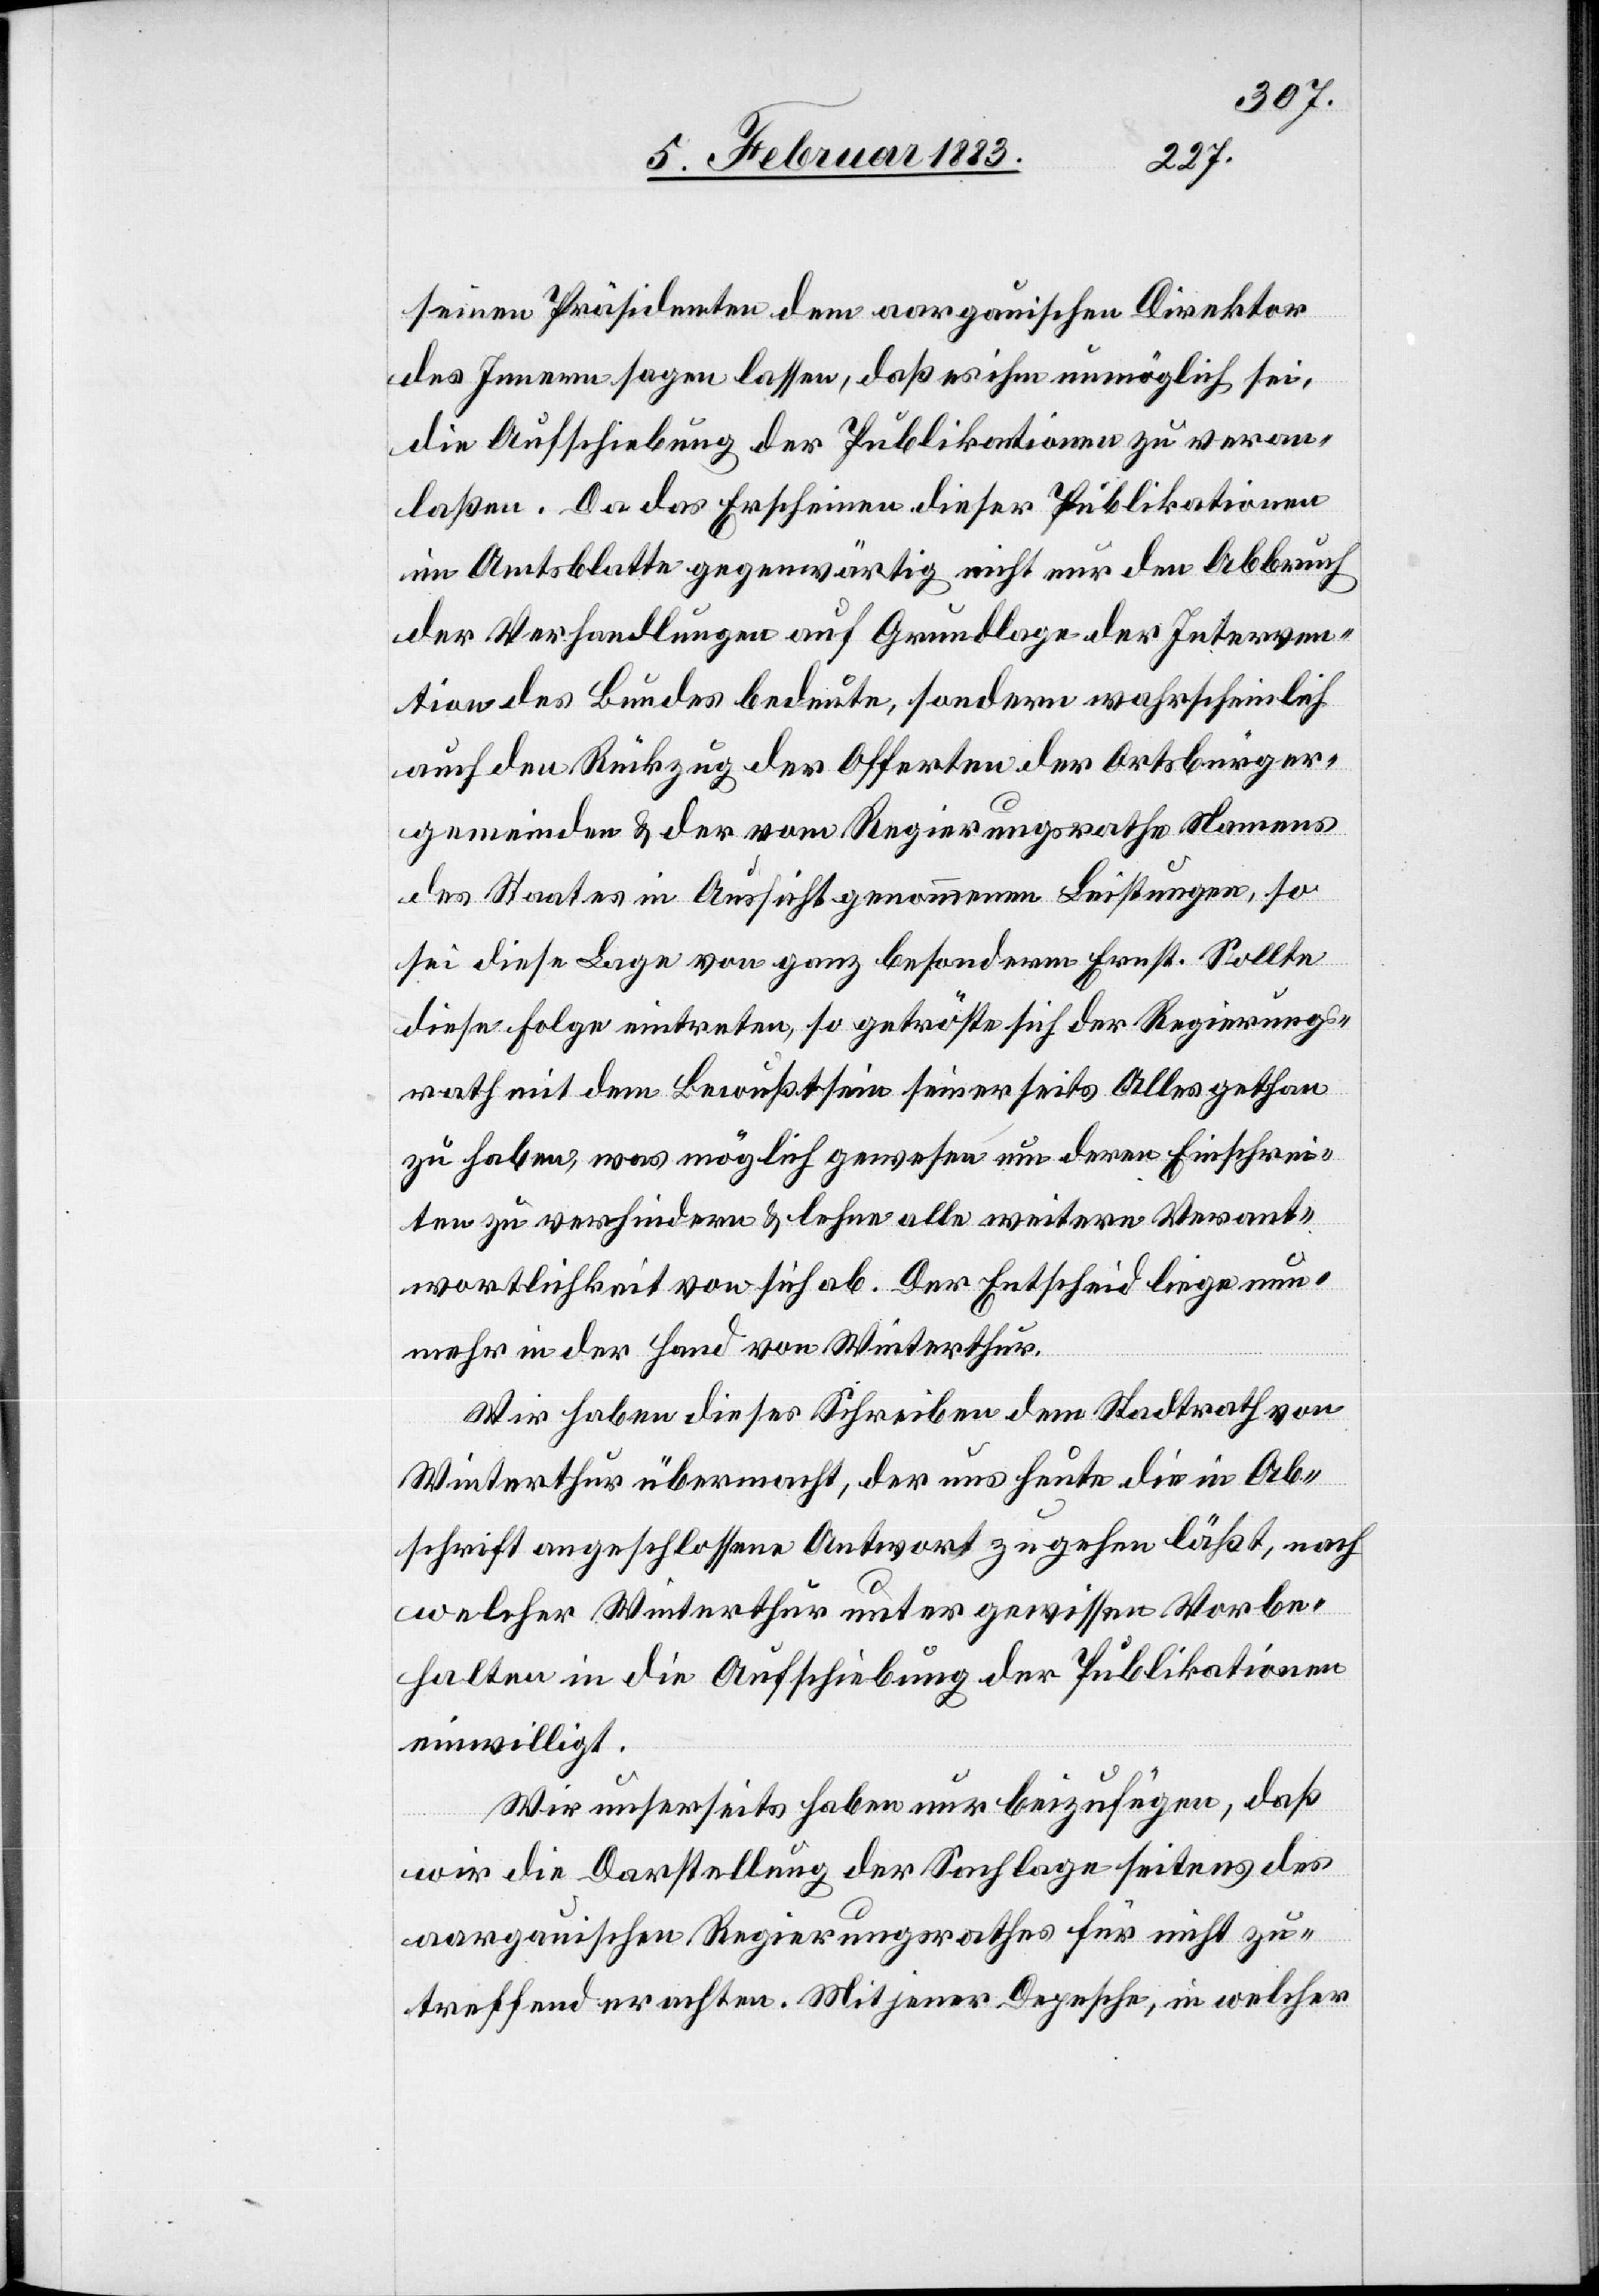
seinen Präsidenten dem aargauischen Direktor
des Innern sagen lassen, daß es ihm unmöglich sei,
die Aufschiebung der Publikationen zu veran¬
laßen. Da das Erscheinen dieser Publikationen
im Amtsblatte gegenwärtig nicht nur den Abbruch
der Verhandlungen auf Grundlage der Interven¬
tion des Bundes bedeute, sondern wahrscheinlich
auch den Rückzug der Offerten der Ortsbürger¬
gemeinden & der vom Regierungsrathe Namens
des Staates in Aussicht genommenen Leistungen, so
sei diese Lage von ganz besonderm Ernst. Sollte
diese Folge eintreten, so getröste sich der Regierungs¬
rath mit dem Bewußtsein seinerseits Alles gethan
zu haben, was möglich gewesen um deren Einschrei¬
ten zu verhindern & lehne alle weitere Verant¬
wortlichkeit von sich ab. Der Entscheid liege nun¬
mehr in der Hand von Winterthur.
Wir haben dieses Schreiben dem Stadtrath
Winterthur übermacht, der uns heute die in Ab¬
schrift angeschlossene Antwort zugehen läßt, nach
welcher Winterthur unter gewissen Vorbe¬
halten in die Aufschiebung der Publikationen
einwilligt.
Wir unserseits haben nur beizufügen, daß
wir die Darstellung der Sachlage seitens des
aargauischen Regierungsrathes für nicht zu¬
treffend erachten. Mit jener Depesche, in welcher